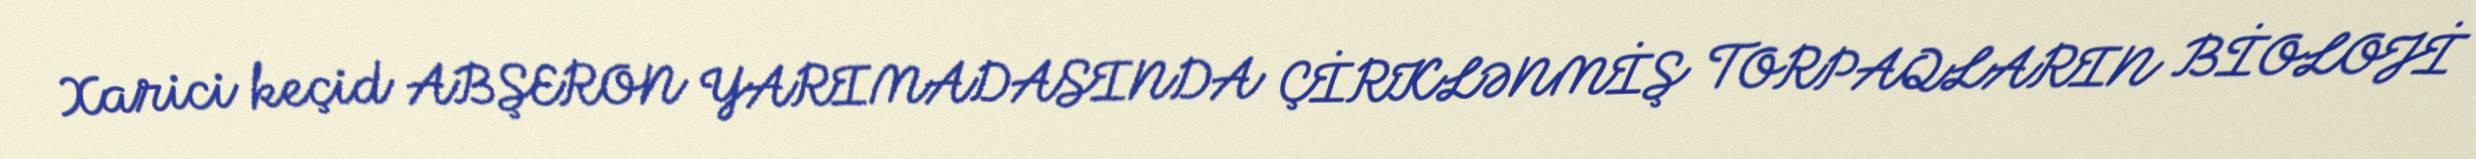
Xarici keçid ABŞERON YARIMADASINDA ÇİRKLƏNMİŞ TORPAQLARIN BİOLOJİ